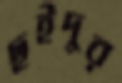
ছইদুর